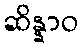
ဆိန္နာဝ